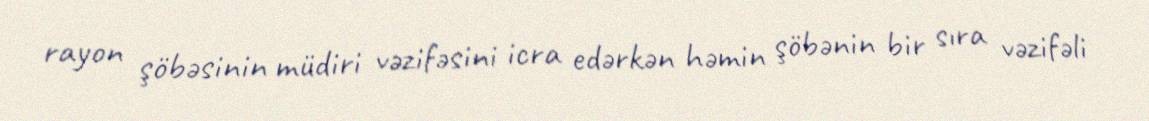
rayon şöbəsinin müdiri vəzifəsini icra edərkən həmin şöbənin bir sıra vəzifəli